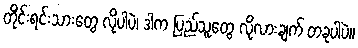
တိုင်းရင်းသားတွေ လိုပါပဲ၊ ဒါက ပြည်သူတွေ လိုလားချက် တခုပါပဲ။